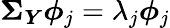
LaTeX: \boldsymbol{\Sigma}_{\boldsymbol{Y}}\boldsymbol{\phi}_{j}=\lambda_{j}\boldsymbol{\phi}_{j}